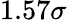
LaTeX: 1.57\sigma